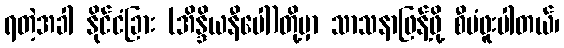
ရတဲ့အခါ နိုင်ငံခြား (အိန္ဒိယနီပေါ)တို့မှာ သာသနာဖြန့်ဖို့ စီမံဖူးပါတယ်၊